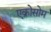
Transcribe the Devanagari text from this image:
एक्रोसोम